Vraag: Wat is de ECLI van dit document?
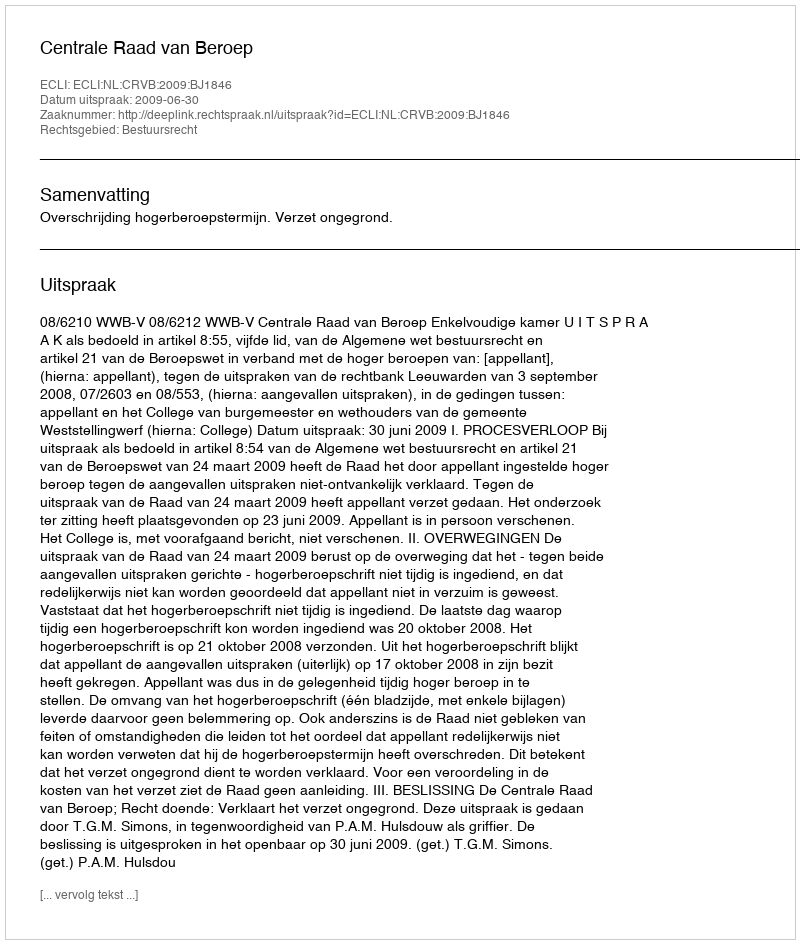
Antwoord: ECLI:NL:CRVB:2009:BJ1846